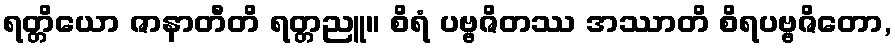
ရတ္တိယော ဇာနာတီတိ ရတ္တညူ။ စိရံ ပဗ္ဗဇိတဿ အဿာတိ စိရပဗ္ဗဇိတော,